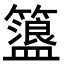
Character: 𥶞